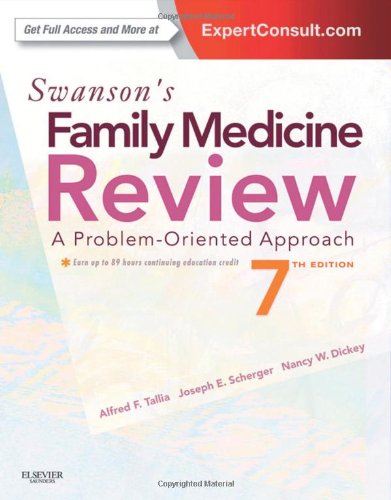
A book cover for Swanson's Family Medicine Review, 7e; Alfred F. Tallia MD  MPH; Test Preparation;